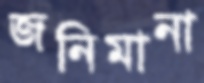
জনিমানা